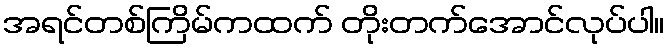
အရင်တစ်ကြိမ်ကထက် တိုးတက်အောင်လုပ်ပါ။